Madras plague regulations in force outside the Presidency town - Volume 5
Disease focus: Plague
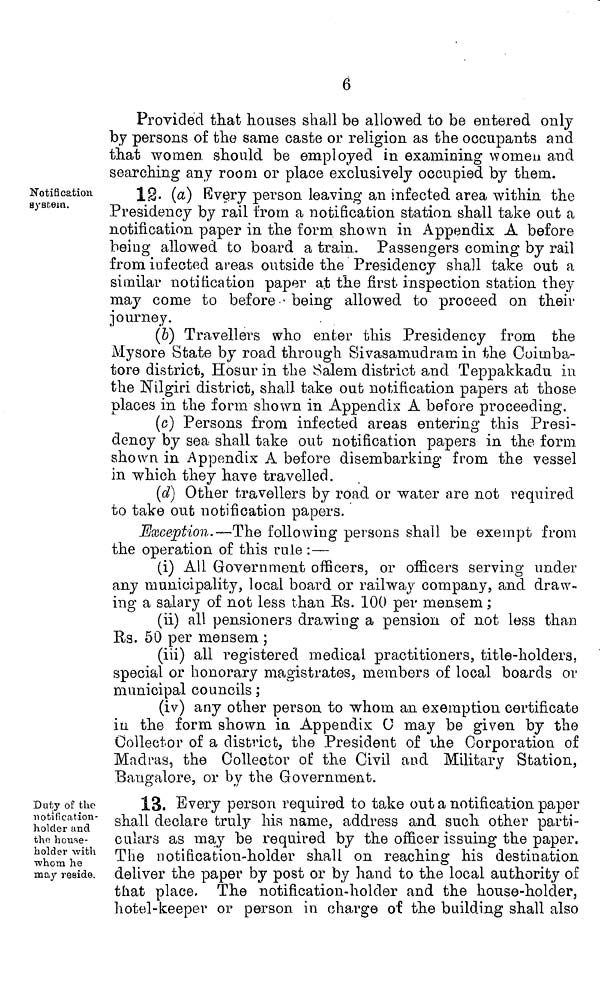
6
Provided that houses shall be allowed to be entered only
by persons of the same caste or religion as the occupants and
that women should be employed in examining women and
searching any room or place exclusively occupied by them.
Notification
system.
12- (a} Every person leaving an infected area within the
Presidency by rail from a notification station shall take out a
notification paper in the form shown in Appendix A before
being allowed to board a train. Passengers coming by rail
from infected areas outside the Presidency shall take out a
similar notification paper a.t the first inspection station they
may come to before • being allowed to proceed on their
journey.
(b) Travellers who enter this Presidency from the
Mysore State by road through Sivasamudram in the Coimba-
tore district, Hosur in the Salem district and Teppakkadu in
the Nilgiri district, shall take out notification papers at those
places in the form shown in Appendix A before proceeding.
(c) Persons from infected areas entering this Presi-
dency by sea shall take out notification papers in the form
shown in Appendix A before disembarking from the vessel
in which they have travelled.
(d) Other travellers by road or water are not required
to take out notification papers.
Exception.—The following persons shall be exempt from
the operation of this rule :—
(i) All Government officers, or officers serving under
any municipality, local board or railway company, and draw-
ing a salary of not less than Ks. 100 per mensem ;
(ii) all pensioners drawing a pension of not less than
Rs. 50 per mensem ;
(iii) all registered medical practitioners, title-holders,
special or honorary magistrates, members of local boards or
municipal councils ;
(iv) any other person to whom an exemption certificate
in the form shown in Appendix O may be given by the
Collector of a district, the President of the Corporation of
Madras, the Collector of the Civil and Military Station,
Bangalore, or by the Government.
Duty of the
notification-
holder and
the house-
holder with
whom he
may reside.
13. Every person required to take out a notification paper
shall declare truly his name, address and such other parti-
culars as may be required by the officer issuing the paper.
The notification-holder shall on reaching his destination
deliver the paper by post or by hand to the local authority of
that place. The notification-holder and the house-holder,
hotel-keeper or person in charge of the building shall also